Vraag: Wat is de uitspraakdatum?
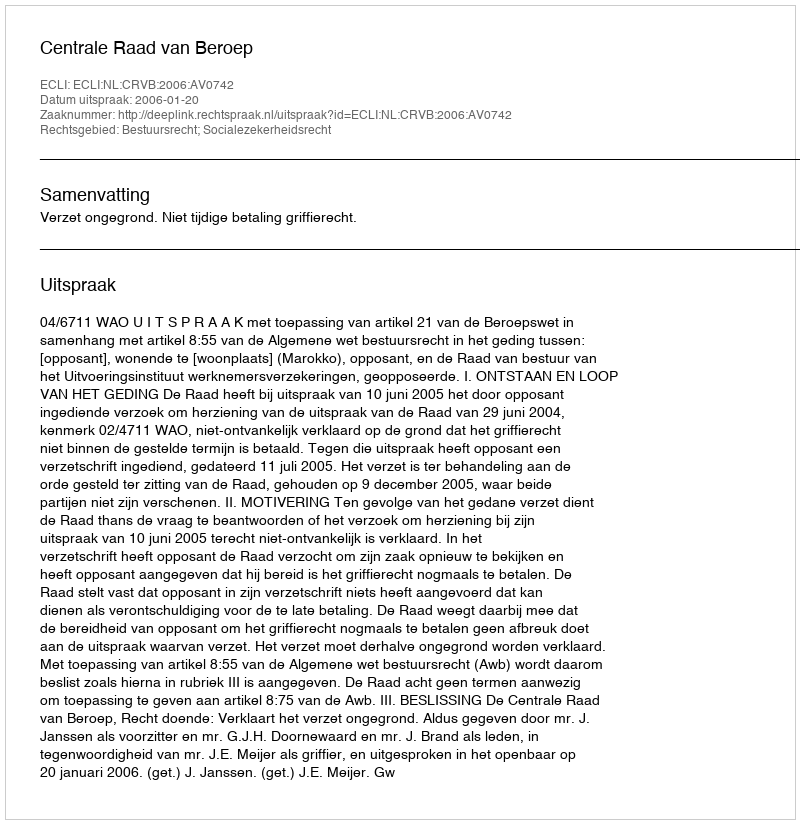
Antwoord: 2006-01-20